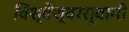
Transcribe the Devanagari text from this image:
विश्वेश्वरस्वामी